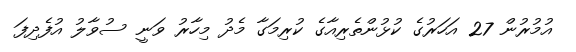
އުމުރުން 27 އަހަރުގެ ކުޅުންތެރިއާގެ ކުރިމަގާ މެދު މިހާރު ވަނީ ސުވާލު އުފެދިފަ